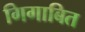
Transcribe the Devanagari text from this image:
गिगाबित